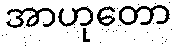
အာဟုတော